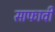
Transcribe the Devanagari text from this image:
साफावी